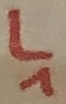
Text: L1